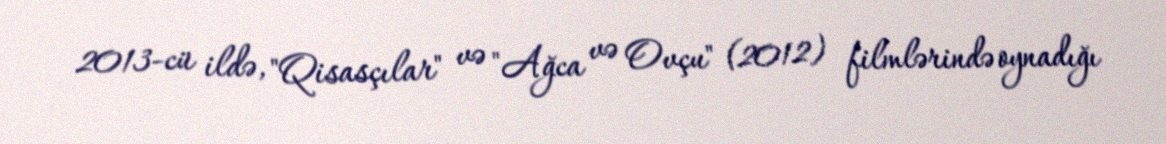
2013-cü ildə, "Qisasçılar" və "Ağca və Ovçu" (2012) filmlərində oynadığı